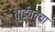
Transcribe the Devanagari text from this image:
वाईवच्या